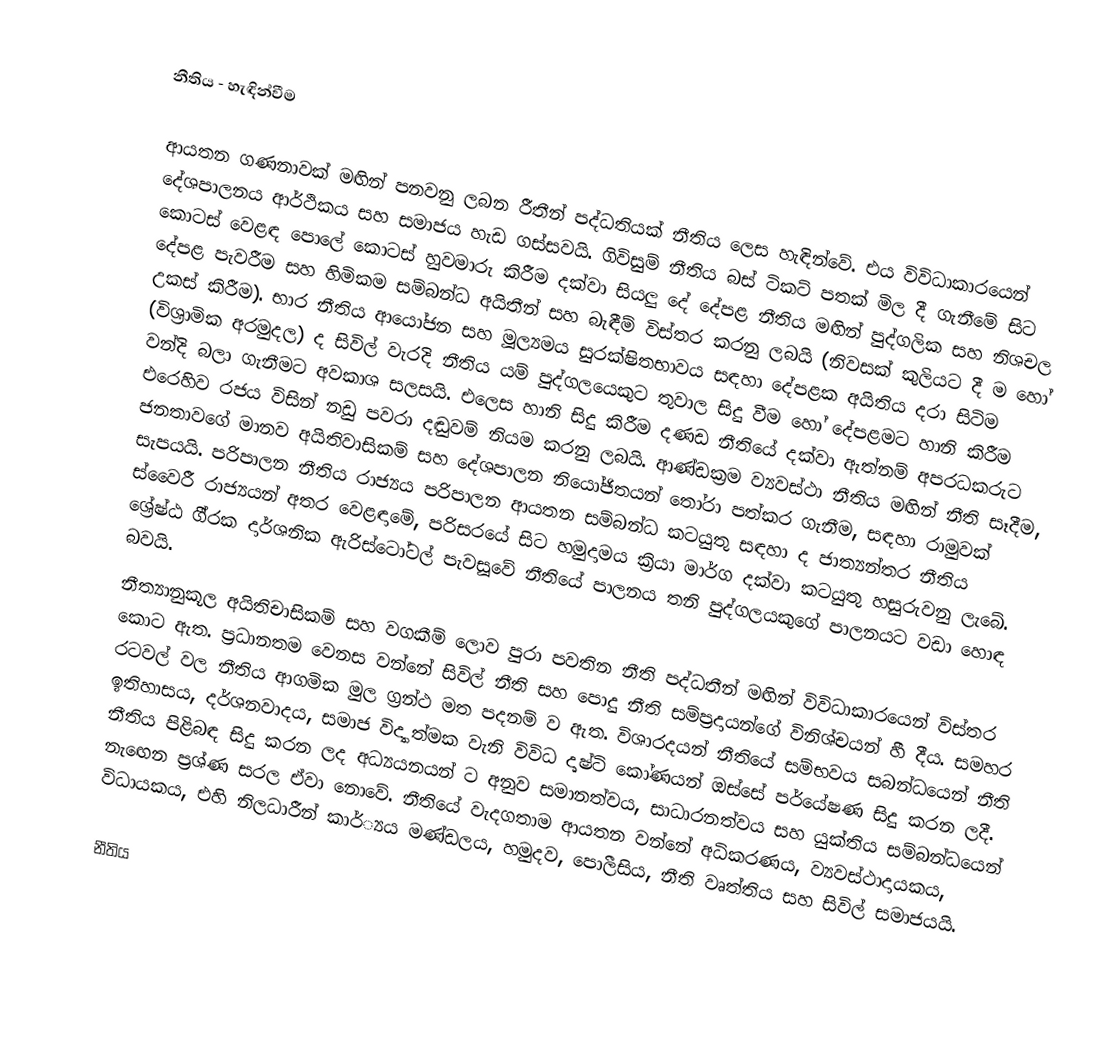
නීතිය - හැඳින්වීම

ආයතන ගණනාවක් මඟින් පනවනු ලබන රීතීන් පද්ධතියක් නීතිය ලෙස හැඳින්වේ. එය විවිධාකාරයෙන් දේශපාලනය ආර්ථිකය සහ සමාජය හැඩ ගස්සවයි. ගිවිසුම් නීතිය බස් ටිකට් පතක් මිල දී ගැනීමේ සිට කොටස් වෙළඳ පොලේ කොටස් හුවමාරු කිරීම දක්වා සියලු දේ දේපළ නීතිය මඟින් පුද්ගලික සහ නිශචල දේපළ පැවරීම සහ හිමිකම සම්බන්ධ අයිතීන් සහ බැඳීම් විස්තර කරනු ලබයි (නිවසක් කුලියට දී ම හෝ උකස් කිරීම). භාර නීතිය ආයෝජන සහ මූල්‍යමය සුරක්ෂිතභාවය සඳහා දේපළක අයිතිය දරා සිටිම (විශ්‍රාමික අරමුදල) ද සිවිල් වැරදි නීතිය යම් පුද්ගලයෙකුට තුවාල සිදු වීම හෝ දේපළමට හානි කිරීම වන්දි බලා ගැනීමට අවකාශ සලසයි. එලෙස හානි සිදු කිරීම දණඩ නීතියේ දක්වා ඇත්නම් අපරධකරුට එරෙහිව රජය විසින් නඩු පවරා දඬුවම් නියම කරනු ලබයි. ආණ්ඩක්‍රම ව්‍යවස්ථා නීතිය මඟින් නීති සෑදීම, ජනතාවගේ මානව අයිතිවාසිකම් සහ දේශපාලන නියෝජිතයන් තෝරා පත්කර ගැනීම, සඳහා රාමුවක් සැපයයි. පරිපාලන නීතිය රාජ්‍යය පරිපාලන ආයතන සම්බන්ධ කටයුතු සඳහා ද ජාත්‍යන්තර නීතිය ස්වෛරී රාජ්‍යයන් අතර වෙළඳාමේ, පරිසරයේ සිට හමුදාමය ක්‍රියා මාර්ග දක්වා කටයුතු හසුරුවනු ලැබේ. ශ්‍රේෂ්ඨ ගී්‍රක දාර්ශනික ඇරිස්ටෝටල් පැවසූවේ නීතියේ පාලනය තනි පුද්ගලයකුගේ පාලනයට වඩා හොඳ බවයි.
නීත්‍යානුකූල අයිතිචාසිකම් සහ වගකීම් ලොව පුරා පවතින නීති පද්ධතීන් මඟින් විවිධාකාරයෙන් විස්තර කොට ඇත. ප්‍රධානතම වෙනස වන්නේ සිවිල් නීති සහ පොදු නීති සම්ප්‍රදායන්ගේ විනිශ්චයන් හී දීය.  සමහර රටවල් වල නීතිය ආගමික මුල ග්‍රන්ථ මත පදනම් ව ඇත. විශාරදයන් නීතියේ සම්භවය සබන්ධයෙන් නීති ඉතිහාසය, දර්ශනවාදය, සමාජ විද්‍යාත්මක වැනි විවිධ දෘෂ්ටි කෝණයන් ඔස්සේ පර්යේෂණ සිදු කරන ලදී. නීතිය පිළිබඳ සිදු කරන ලද අධ්‍යයනයන් ට අනුව සමානත්වය, සාධාරනත්වය සහ යුක්තිය සම්බන්ධයෙන් නැඟෙන ප්‍රශ්ණ සරල ඒවා නොවේ. නීතියේ වැදගතාම ආයතන වන්නේ අධිකරණය, ව්‍යවස්ථාදායකය, විධායකය, එහි නිලධාරීන් කාර්්‍යය මණ්ඩලය, හමුදව, පොලීසිය, නීති වෘත්තිය සහ සිවිල් සමාජයයි.

නීතිය